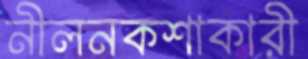
নীলনকশাকারী